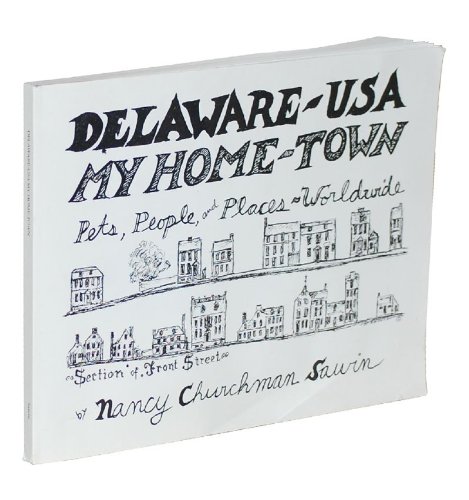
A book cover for Delaware, USA: My Home-Town- Pets, People, and Places Worldwide; Nancy Churchman Sawin; Travel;